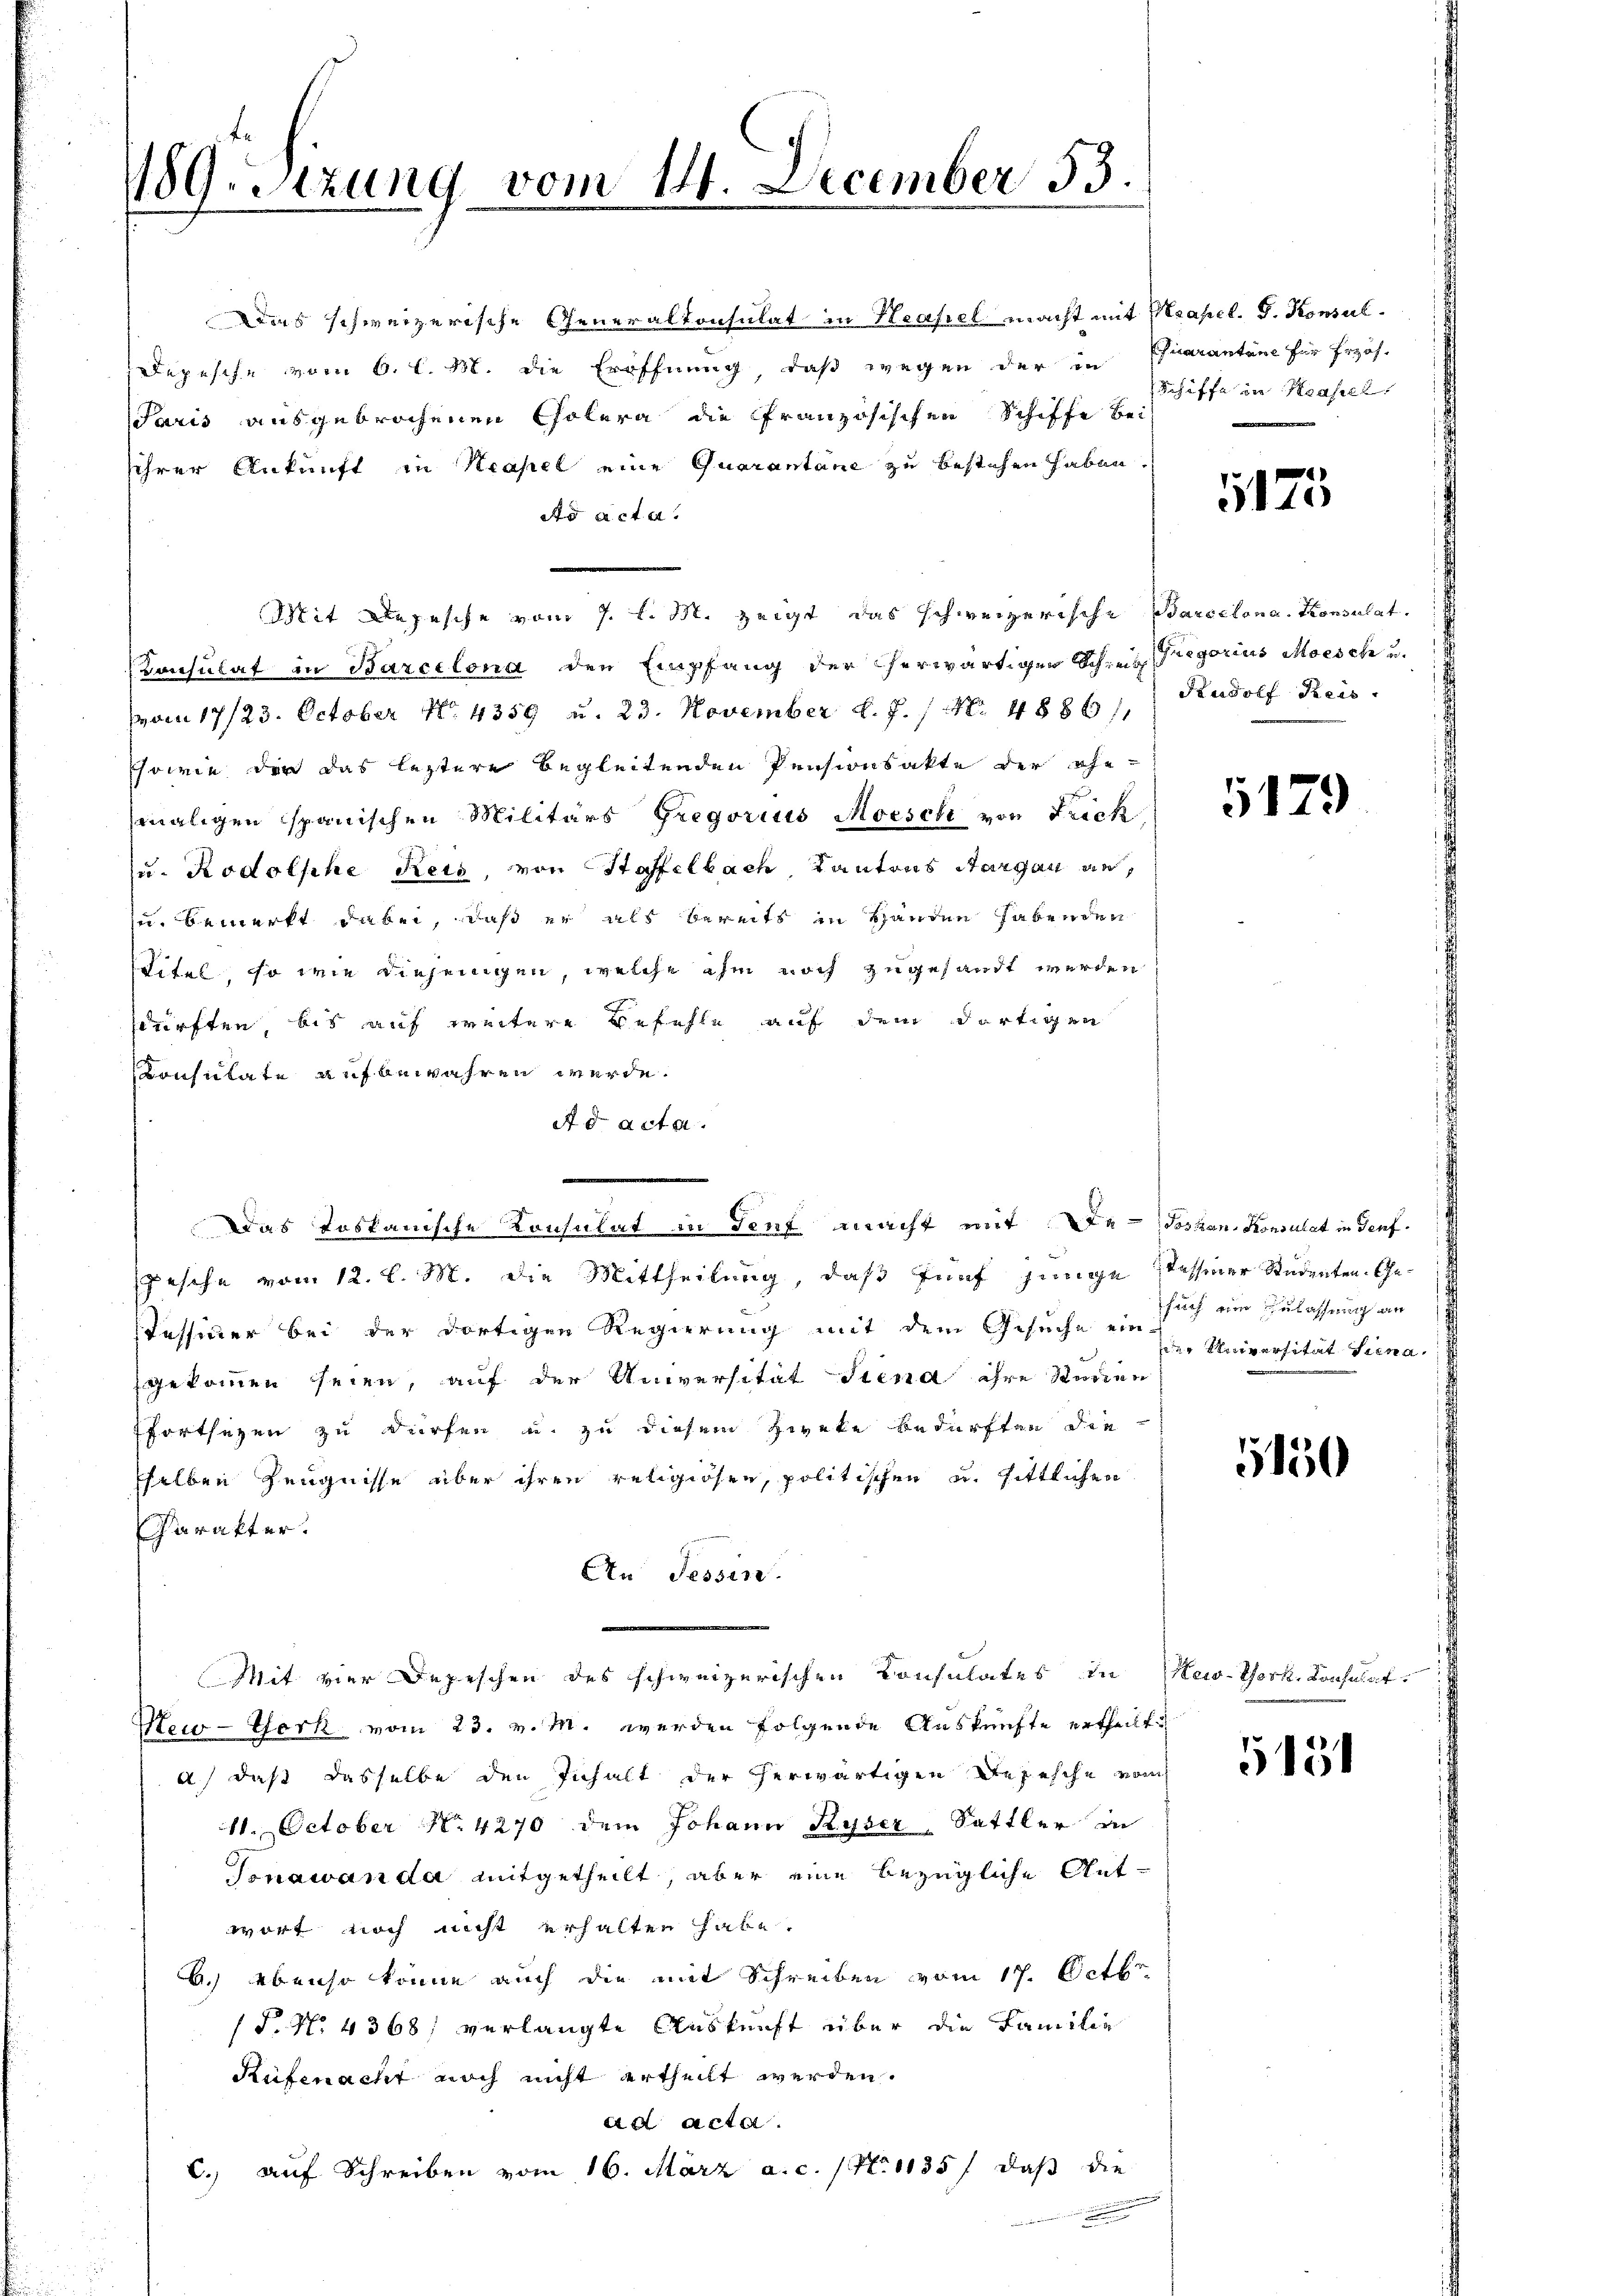
1189. Sitzung vom 11. December 53.

Das schweizerische Generalkonsulat in Heafiel macht mit Strapel. G. Konsul¬
Depesche vom 6. l. M. die Eröffnung, daß wegen der in Chiarantone für Erzäh-
Paris ausgebrochenen Cholera die Französischen Schiffe bei
sihrer Ankunft in Krasel eine Quarantane zu bestehen haben.
ds acter
Mit Depesche vom 7. l. M. zeigt das schweizerische Barcelona. Konsulat.
Konsulat in Barcelona den Empfang der herwärtigen Schreib regorius Moesche u.
vom 17/23. October No 4359 u. 23. November d. J. / N. 4886/
Esowie der das leztere Begleitenden Pensionsakte der ehe-
maligen spanischen Militärs Gregorius Morsch von Frick
u. Rodolphe Reis, von Stoffelbach, Kantons Aargau an,
zu bemerkt dabei, daß er als bereits in Handen habenden
titel, so wie diejenigen, welche ihm noch zugesandt werden
sürften, bis auf weitere Befehle auf dem dortigen
Konsulate aufbewahren werde.
Ad acta.
pesche vom 12. l. M. die Mittheilung, daß fünf jünge Tessiner Studenten Ge¬
Tessiner bei der dortigen Regierung mit dem Gesuche ein
gekommen seien, auf der Universität Siena ihre Studien
fortsetzen zu dürfen u. zu diesem Zweke bedürften die
sselben Zeugnisse über ihren religiösen, politischen u. sittlichen
Charakter.
An Tessin.
Mit vier Depeschen des schweizerischen Konsulates in New-York, Konsulat
New-York vom 23. v. M. werden folgende Auskünfte ertheilt.
a.) daß dasselbe den Inhalt der herwärtigen Depesche vom
11. October N. 4270 dem Johann Ryser, Sattler in
Jonawanda mitgetheilt, aber eine bezügliche Gutwort noch nicht erhalten habe.
b.) ebenso könne auch die mit Schreiben vom 17. Octbr.
(P. No 4368; verlangte Auskunft über die Familie
Rüfenacht noch nicht ertheilt werden.
ad acta.
C., auf Schreiben vom 16. März a.c. (N. 1135 f. daβ die

Das toskanische Konsulat in Senf macht mit de Johan Konsulat in Genf.

Schiffe in Hasel,

5175

Rudolf Keis

6179

such ein Zulassung an
er Universität Siena

150

5151